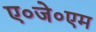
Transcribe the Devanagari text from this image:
ए०जे०एम